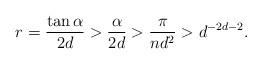
LaTeX: \begin{align*} r = \frac{\tan \alpha}{2d} > \frac{\alpha}{2d} > \frac{\pi}{nd^2} > d^{-2d-2}. \end{align*}